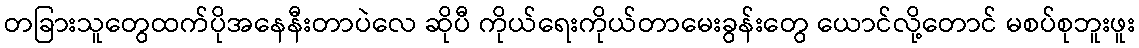
တခြားသူတွေထက်ပိုအနေနီးတာပဲလေ ဆိုပီ ကိုယ်ရေးကိုယ်တာမေးခွန်းတွေ ယောင်လို့တောင် မစပ်စုဘူးဖူး